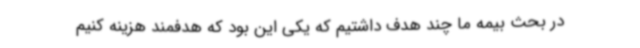
در بحث بیمه ما چند هدف داشتیم که یکی این بود که هدفمند هزینه کنیم